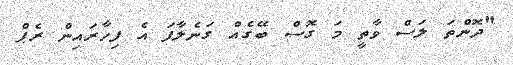
"ދޮންތަ ލަސް ވާތީ މަ ގޮސް ބޭގެއް ގަނެލާފަ އެ ފިހާރައިން ރެޕް